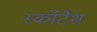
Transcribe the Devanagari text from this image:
स्कॉटैश